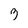
Character: z